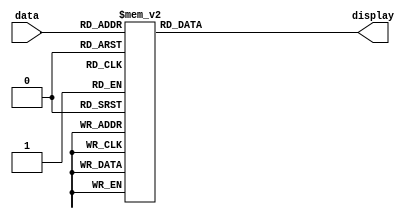
module SevenSegment (
    input wire [3:0] data,
    output reg [6:0] display
);

always @(data) begin
    case (data)
        4'h0    : display <= 7'b1111110;
        4'h1    : display <= 7'b0110000;
        4'h2    : display <= 7'b1101101;
        4'h3    : display <= 7'b1111001;
        4'h4    : display <= 7'b0110011;
        4'h5    : display <= 7'b1011011;
        4'h6    : display <= 7'b1011111;
        4'h7    : display <= 7'b1110000;
        4'h8    : display <= 7'b1111111;
        4'h9    : display <= 7'b1111011;
        4'hA    : display <= 7'b1110111;
        4'hB    : display <= 7'b0011111;
        4'hC    : display <= 7'b1001110;
        4'hD    : display <= 7'b0111101;
        4'hE    : display <= 7'b1001111;
        4'hF    : display <= 7'b1000111;
        default : display <= 7'b1111110;
    endcase
end

endmodule